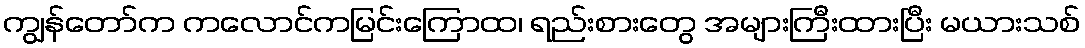
ကျွန်တော်က ကလောင်ကမြင်းကြောထ၊ ရည်းစားတွေ အများကြီးထားပြီး မယားသစ်